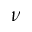
\nu